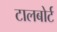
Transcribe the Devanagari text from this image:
टालबोर्ट